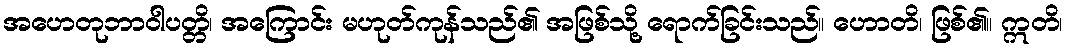
အဟေတုဘာဝါပတ္တိ၊ အကြောင်း မဟုတ်ကုန်သည်၏ အဖြစ်သို့ ရောက်ခြင်းသည်။ ဟောတိ၊ ဖြစ်၏။ ဣတိ၊